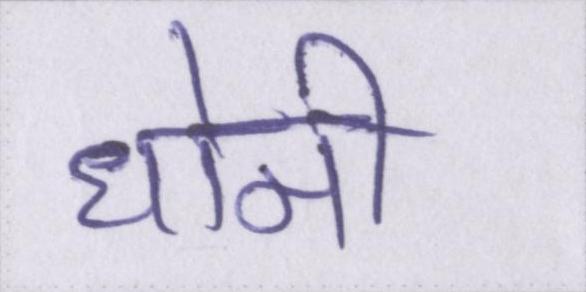
धोनी